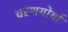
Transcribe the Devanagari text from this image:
चरणयोर्या